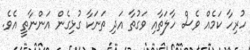
ހުރިހާ ކަމެއް ވެސް ހާލަތާއި ވަގުތާ އަދި ތަނަކާ ގުޅިގެން އަންނާތީ އެވެ.